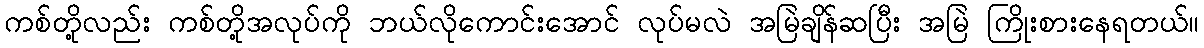
ကစ်တို့လည်း ကစ်တို့အလုပ်ကို ဘယ်လိုကောင်းအောင် လုပ်မလဲ အမြဲချိန်ဆပြီး အမြဲ ကြိုးစားနေရတယ်။